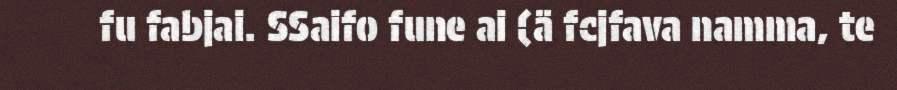
fu fabjai. SSaifo fune ai (ä fcjfava namma, te